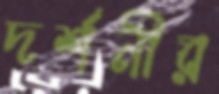
দর্শনীর